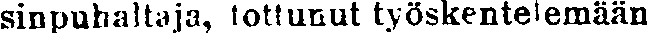
sinpuhaltaja, tottunut työskentelemään